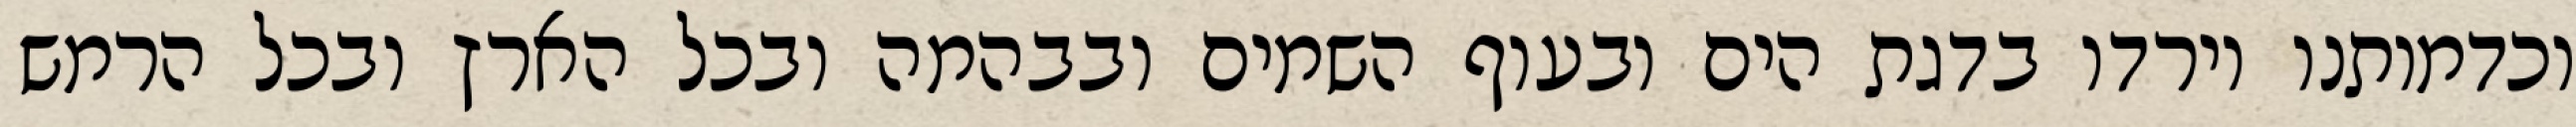
וכדמותנו וירדו בדגת הים ובעוף השמים ובבהמה ובכל הארץ ובכל הרמש